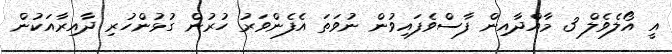
އީ އޯލެވެލް 3 މާއްދާއިން ފާސްވެފައިވުން ނުވަތަ އެފެންވަރު ހުރުން ގުޅުންހުރި ދާއިރާއަކުން